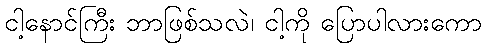
ငါ့နောင်ကြီး ဘာဖြစ်သလဲ၊ ငါ့ကို ပြောပါလားကော